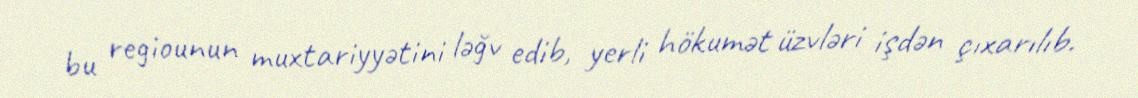
bu regiounun muxtariyyətini ləğv edib, yerli hökumət üzvləri işdən çıxarılıb.